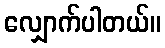
လျှောက်ပါတယ်။